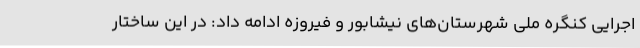
اجرایی کنگره ملی شهرستان‌های نیشابور و فیروزه ادامه داد: در این ساختار